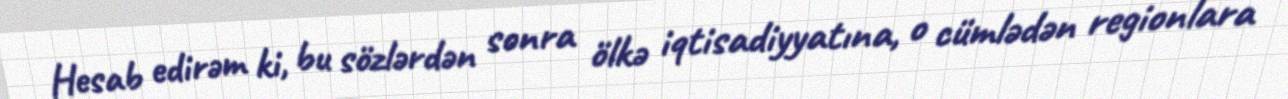
Hesab edirəm ki, bu sözlərdən sonra ölkə iqtisadiyyatına, o cümlədən regionlara